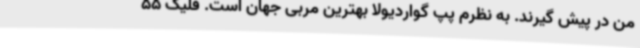
من در پیش گیرند. به نظرم پپ گواردیولا بهترین مربی جهان است. فلیک 55